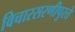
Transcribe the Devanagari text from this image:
विचारसरणीपुरते